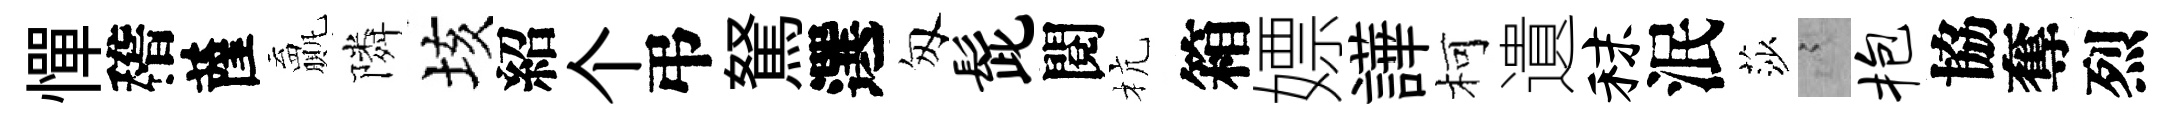
憚稽薩贏隣垓紹个弔駑選匆髭閱杭箱嫖譁柯遺秣泯莎謭抱協奪烈